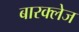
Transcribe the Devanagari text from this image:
बारक्लेज